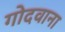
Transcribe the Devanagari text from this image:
गोदवाना